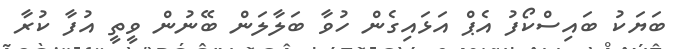
ބަޔަކު ބައިސްކޯފު އެޕް އަޅައިގެން ހުވާ ބަލާލަން ބޭނުން ވީތީ އުފާ ކުރާ